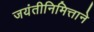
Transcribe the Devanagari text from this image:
जयंतीनिमित्ताने